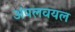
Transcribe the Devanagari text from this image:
अंपलवयल